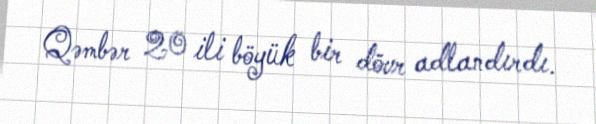
Qəmbər 20 ili böyük bir dövr adlandırdı.